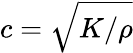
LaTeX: c={\sqrt{K/\rho}}